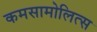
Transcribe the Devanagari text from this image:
कमसामोलित्स